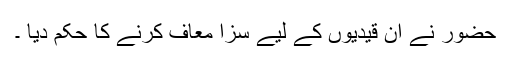
حضور نے اُن قیدیوں کے لیے سزا معاف کرنے کا حکم دیا ۔